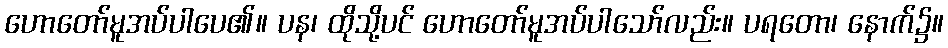
ဟောတော်မူအပ်ပါပေ၏။ ပန၊ ထိုသို့ပင် ဟောတော်မူအပ်ပါသော်လည်း။ ပရတော၊ နောက်၌။